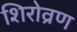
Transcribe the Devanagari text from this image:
शिरोव्रण